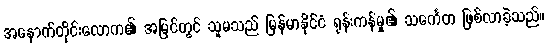
အနောက်တိုင်းလောက၏ အမြင်တွင် သူမသည် မြန်မာနိုင်ငံ ရုန်းကန်မှု၏ သင်္ကေတ ဖြစ်လာခဲ့သည်။